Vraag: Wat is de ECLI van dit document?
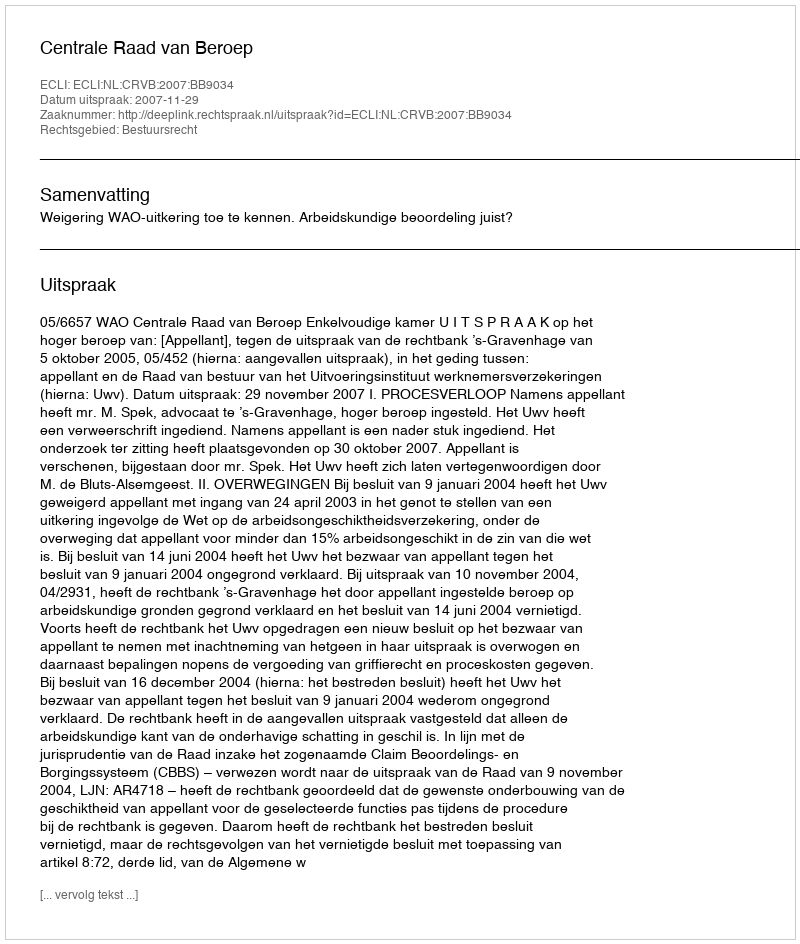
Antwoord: ECLI:NL:CRVB:2007:BB9034